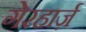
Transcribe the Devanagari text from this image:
गेरहार्ज़